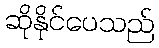
ဆိုနိုင်ပေသည်